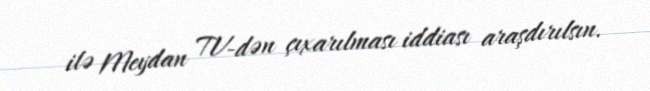
ilə Meydan TV-dən çıxarılması iddiası araşdırılsın.